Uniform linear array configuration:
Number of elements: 12
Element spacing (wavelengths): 0.75
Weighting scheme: kaiser
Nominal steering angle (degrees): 60
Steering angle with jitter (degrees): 60.877
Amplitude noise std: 0.05
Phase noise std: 0.05

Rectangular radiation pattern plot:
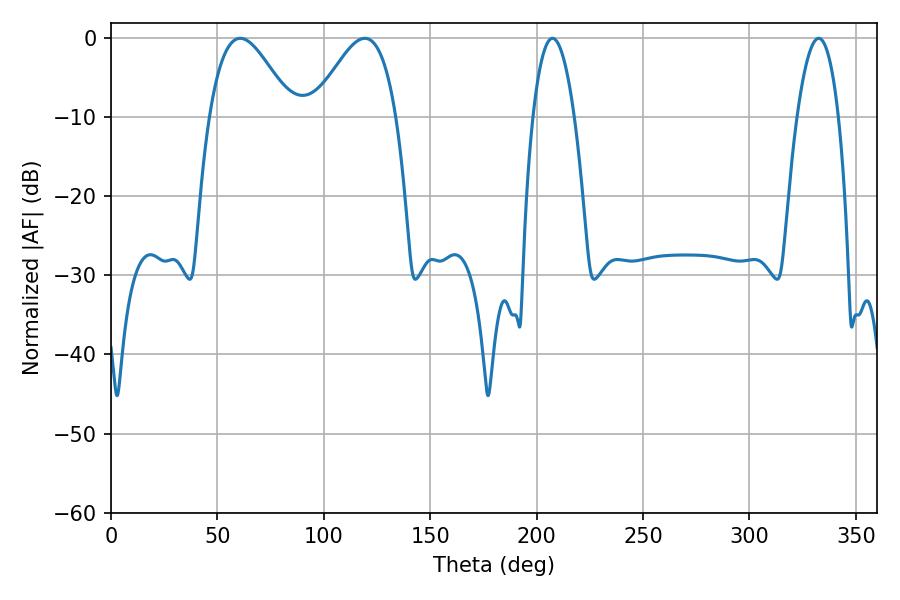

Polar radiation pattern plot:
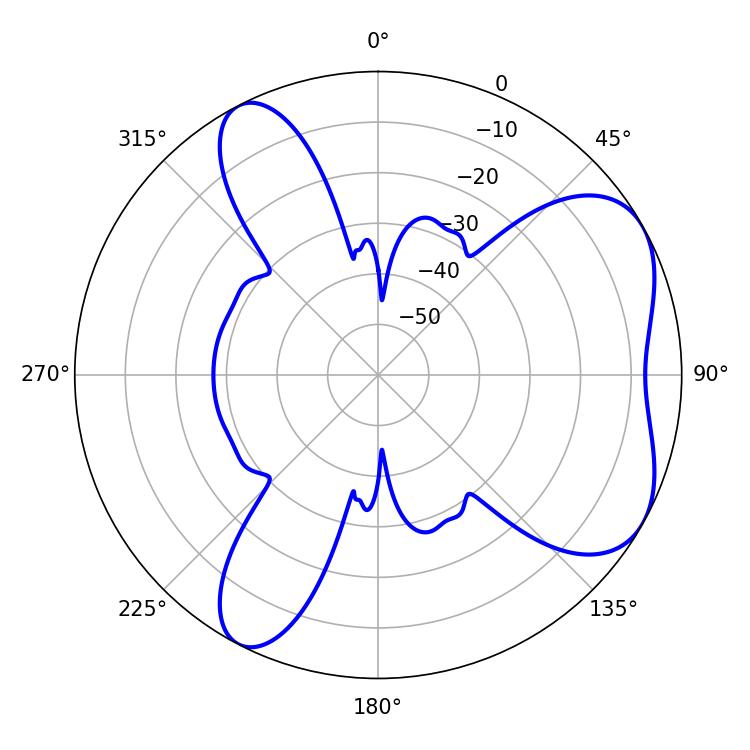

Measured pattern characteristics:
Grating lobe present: TRUE
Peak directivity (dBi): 5.656
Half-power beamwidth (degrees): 20.88
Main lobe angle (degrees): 60.66